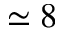
\simeq 8